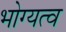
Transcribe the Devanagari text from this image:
भोग्यत्व